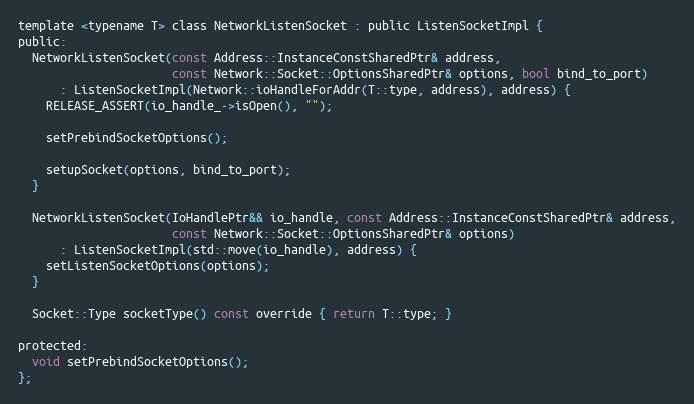
Language: C
template <typename T> class NetworkListenSocket : public ListenSocketImpl {
public:
  NetworkListenSocket(const Address::InstanceConstSharedPtr& address,
                      const Network::Socket::OptionsSharedPtr& options, bool bind_to_port)
      : ListenSocketImpl(Network::ioHandleForAddr(T::type, address), address) {
    RELEASE_ASSERT(io_handle_->isOpen(), "");

    setPrebindSocketOptions();

    setupSocket(options, bind_to_port);
  }

  NetworkListenSocket(IoHandlePtr&& io_handle, const Address::InstanceConstSharedPtr& address,
                      const Network::Socket::OptionsSharedPtr& options)
      : ListenSocketImpl(std::move(io_handle), address) {
    setListenSocketOptions(options);
  }

  Socket::Type socketType() const override { return T::type; }

protected:
  void setPrebindSocketOptions();
};